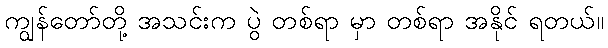
ကျွန်တော်တို့ အသင်းက ပွဲ တစ်ရာ မှာ တစ်ရာ အနိုင် ရတယ်။